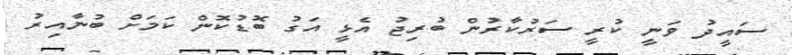
ސައީދު ވަނީ ކުރީ ސަރުކާރުން ބުރިޖު އެޅީ އަގު ބޮޑުކޮން ކަމަށް ބުނާއިރު